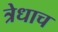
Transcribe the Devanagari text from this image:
त्रेधाच